Annual administration and progress report of the Indian Medical Department, Bombay
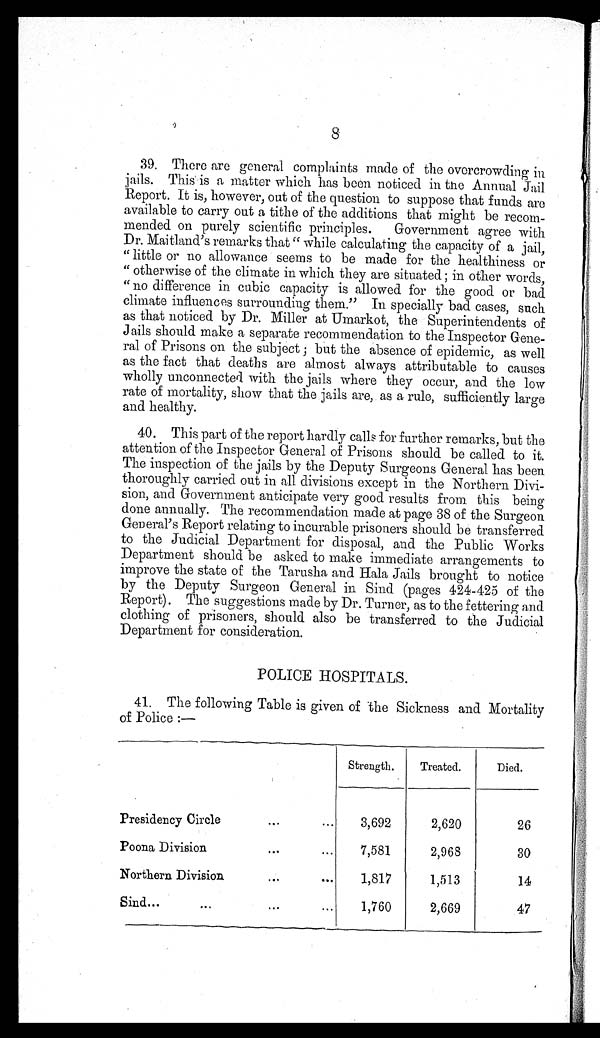
8
39. There are general complaints made of the overcrowding in
jails. This is a matter which has been noticed in the Annual Jail
Report. It is, however, out of the question to suppose that funds are
available to carry out a tithe of the additions that might be recom-
mended on purely scientific principles. Government agree with
Dr. Maitland's remarks that " while calculating the capacity of a jail,
"little or no allowance seems to be made for the healthiness or
" otherwise of the climate in which they are situated ; in other words,
" no difference in cubic capacity is allowed for the good or bad
climate influences surrounding them." In specially bad cases, such
as that noticed by Dr. Miller at Umarkot, the Superintendents of
Jails should make a separate recommendation to the Inspector Gene-
ral of Prisons on the subject ; but the absence of epidemic, as well
as the fact that deaths are almost always attributable to causes
wholly unconnected with the jails where they occur, and the low
rate of mortality, show that the jails are, as a rule, sufficiently large
and healthy.
40. This part of the report hardly calls for further remarks, but the
attention of the Inspector General of Prisons should be called to it.
The inspection of the jails by the Deputy Surgeons General has been
thoroughly carried out in all divisions except in the Northern Divi-
sion, and Government anticipate very good results from this being
done annually. The recommendation made at page 38 of the Surgeon
General's Report relating to incurable prisoners should be transferred
to the Judicial Department for disposal, and the Public Works
Department should be asked to make immediate arrangements to
improve the state of the Tarusha and Hala Jails brought to notice
by the Deputy Surgeon General in Sind (pages 424-425 of the
Report). The suggestions made by Dr. Turner, as to the fettering and
clothing of prisoners, should also be transferred to the Judicial
Department for consideration.
POLICE HOSPITALS.
41. The following Table is given of the Sickness and Mortality
of Police :—
Strength.
Treated.
Died.
Presidency Circle...
3,692
2,620
26
Poona Division
...
...
7,581
2,968
30
Northern Division
1,817
1,513
14
Sind...
...
...
1,760
2,669
47